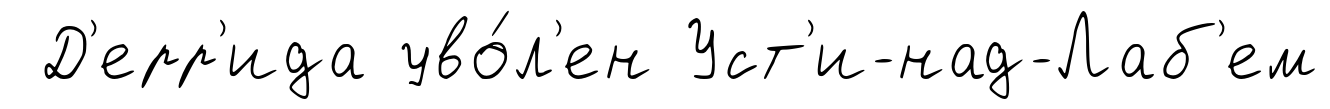
Д'ерр'ида уво́л'ен Уст'и-над-Лаб'ем